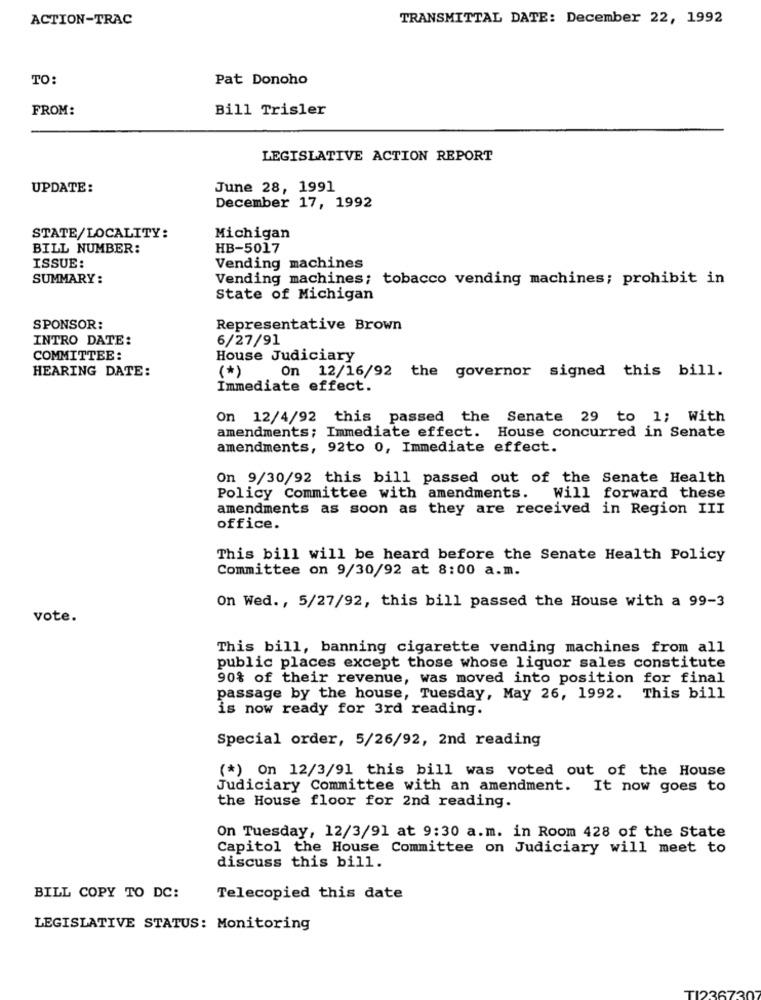
ACTION-TRAC
TRANSMITTAL DATE: December 22, 1992
TO:
Pat Donoho
FROM:
Bill Trisler
LEGISLATIVE ACTION REPORT
UPDATE:
June 28, 1991
December 17, 1992
STATE/LOCALITY:
Michigan
BILL NUMBER:
HB-5017
ISSUE:
Vending machines
SUMMARY:
Vending machines; tobacco vending machines; prohibit in
State of Michigan
SPONSOR:
Representative Brown
INTRO DATE:
6/27/91
COMMITTEE:
House Judiciary
On 12/16/92 the governor signed this bill.
HEARING DATE:
(*)
Immediate effect.
On 12/4/92 this passed the Senate 29 to 1; With
amendments; Immediate effect. House concurred in Senate
amendments, 92to 0, Immediate effect.
On 9/30/92 this bill passed out of the Senate Health
Policy Committee with amendments. Will forward these
amendments as soon as they are received in Region III
office.
This bill will be heard before the Senate Health Policy
Committee on 9/30/92 at 8:00 a.m.
On Wed ., 5/27/92, this bill passed the House with a 99-3
vote.
This bill, banning cigarette vending machines from all
public places except those whose liquor sales constitute
90% of their revenue, was moved into position for final
passage by the house, Tuesday, May 26, 1992. This bill
is now ready for 3rd reading.
Special order, 5/26/92, 2nd reading
(*) On 12/3/91 this bill was voted out of the House
Judiciary Committee with an amendment. It now goes to
the House floor for 2nd reading.
On Tuesday, 12/3/91 at 9:30 a.m. in Room 428 of the State
Capitol the House Committee on Judiciary will meet to
discuss this bill.
BILL COPY TO DC:
Telecopied this date
LEGISLATIVE STATUS: Monitoring
TI2367